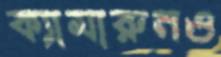
ক্যামারুনও